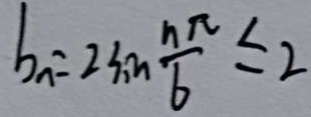
b _ { n } = 2 3 _ { 1 } m \frac { n \pi } { 6 } \leq 2